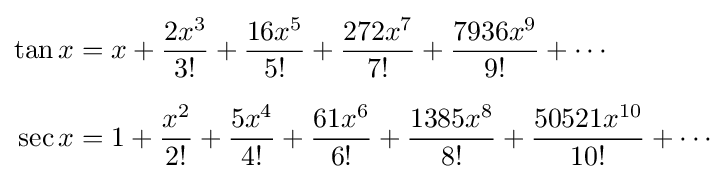
{\begin{aligned}\tan x&=x+{\frac {2x^{3}}{3!}}+{\frac {16x^{5}}{5!}}+{\frac {272x^{7}}{7!}}+{\frac {7936x^{9}}{9!}}+\cdots \\[6pt]\sec x&=1+{\frac {x^{2}}{2!}}+{\frac {5x^{4}}{4!}}+{\frac {61x^{6}}{6!}}+{\frac {1385x^{8}}{8!}}+{\frac {50521x^{10}}{10!}}+\cdots \end{aligned}}